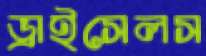
ড্রাইসেলস